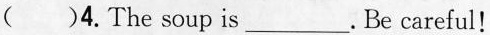
()4.The soup is___.Be careful!